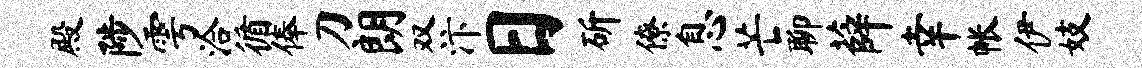
殿陟雩洽循俸刀朗双汴日斫僚息芒聊薛幸帐伊妓